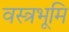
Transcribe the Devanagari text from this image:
वस्त्रभूमि